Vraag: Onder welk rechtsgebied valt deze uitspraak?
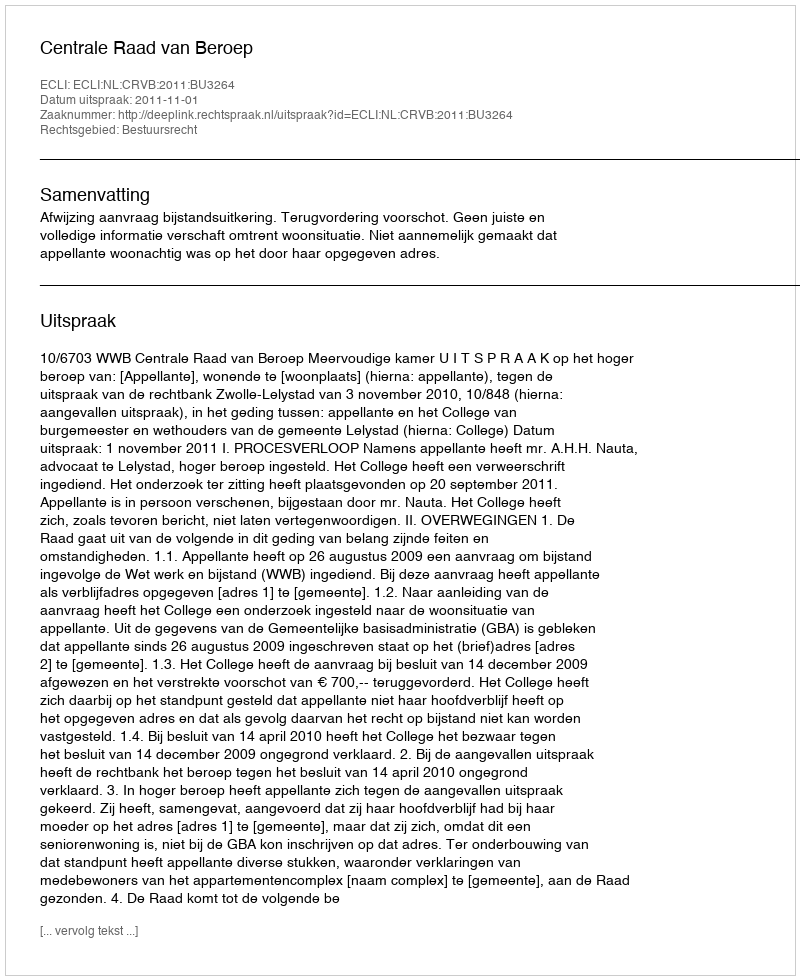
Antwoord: Bestuursrecht